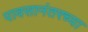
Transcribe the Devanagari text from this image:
पावसानंतरच्या